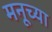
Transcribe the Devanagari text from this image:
मनूच्या